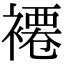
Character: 褼